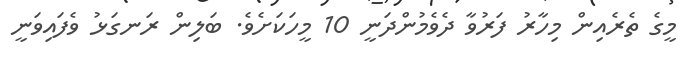
މީގެ ތެރެއިން މިހާރު ފަރުވާ ދެވެމުންދަނީ 10 މީހަކަށެވެ. ބަލިން ރަނގަޅު ވެފައިވަނީ